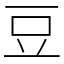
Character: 豆